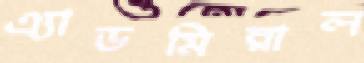
এ্যাডমিরাল